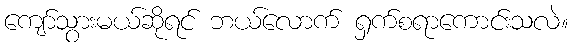
ကျော်သွားမယ်ဆိုရင် ဘယ်လောက် ရှက်စရာကောင်းသလဲ။